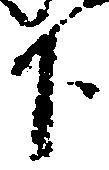
下